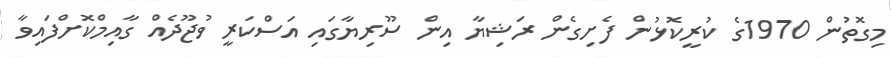
މިގޮތުން 1970ގެ ކުރީކޮޅުން ފެށިގެން ރަޝިޔާ އިން ސޫރިޔާގައި އަސްކަރީ ވުޖޫދެއް ގާއިމްކޮށްފައިވާ